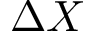
\Delta X